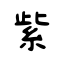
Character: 紫